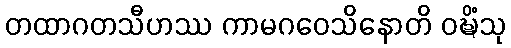
တထာဂတသီဟဿ ကာမဂဝေသိနောတိ ဝဍ္ဎိံသု